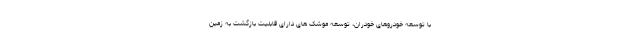
با توسعه خودروهای خودران، توسعه موشک های دارای قابلیت بازگشت به زمین